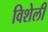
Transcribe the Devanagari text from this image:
विशेली